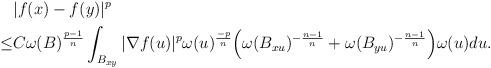
LaTeX: \begin{align*}& |f(x)-f(y)|^p\\\leq & C\omega(B)^{\frac{p-1}{n}} \int_{B_{xy}} |\nabla f(u)|^p \omega(u)^{\frac{-p}{n}} \Big(\omega(B_{xu})^{-\frac{n-1}{n}}+\omega(B_{yu})^{-\frac{n-1}{n}}\Big) \omega(u)du .\\\end{align*}